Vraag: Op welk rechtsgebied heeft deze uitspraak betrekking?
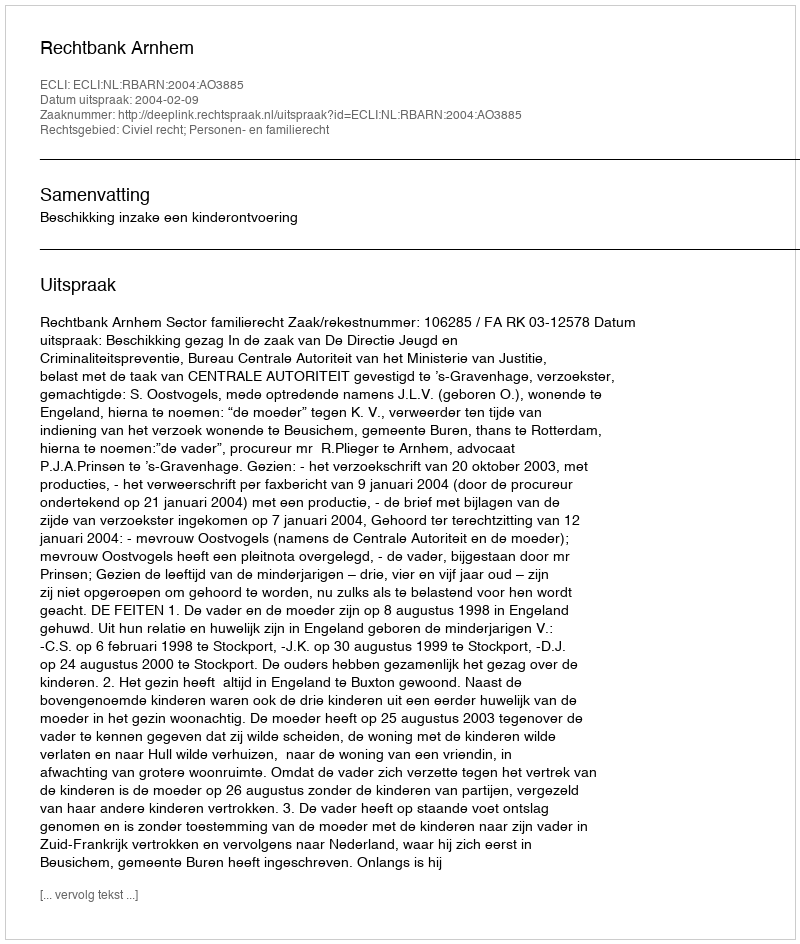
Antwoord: Civiel recht; Personen- en familierecht